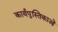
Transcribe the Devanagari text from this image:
कार्यपुस्तिकाओं